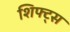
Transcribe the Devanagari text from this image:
शिफ्ट्स